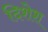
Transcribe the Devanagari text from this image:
दिशेश